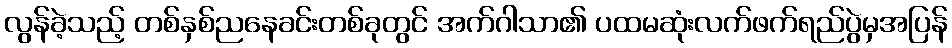
လွန်ခဲ့သည့် တစ်နှစ်ညနေခင်းတစ်ခုတွင် အက်ဂါသာ၏ ပထမဆုံးလက်ဖက်ရည်ပွဲမှအပြန်